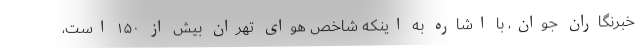
خبرنگاران جوان، با اشاره به اینکه شاخص هوای تهران بیش از ۱۵۰ است،